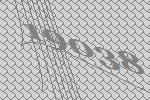
19038